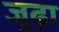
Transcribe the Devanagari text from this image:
जुढ़ा